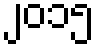
၂၀၁၅